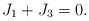
\begin{align*}J_1 + J_3 = 0.\end{align*}